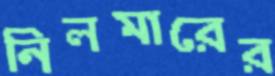
নিলমারের